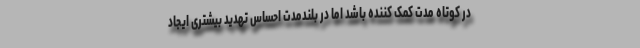
در کوتاه مدت کمک کننده باشد اما در بلندمدت احساس تهدید بیشتری ایجاد